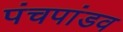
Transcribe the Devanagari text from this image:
पंचपांडव